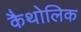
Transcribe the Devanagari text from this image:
कैथोलिक